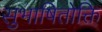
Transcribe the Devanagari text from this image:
सुभाषितोक्ति